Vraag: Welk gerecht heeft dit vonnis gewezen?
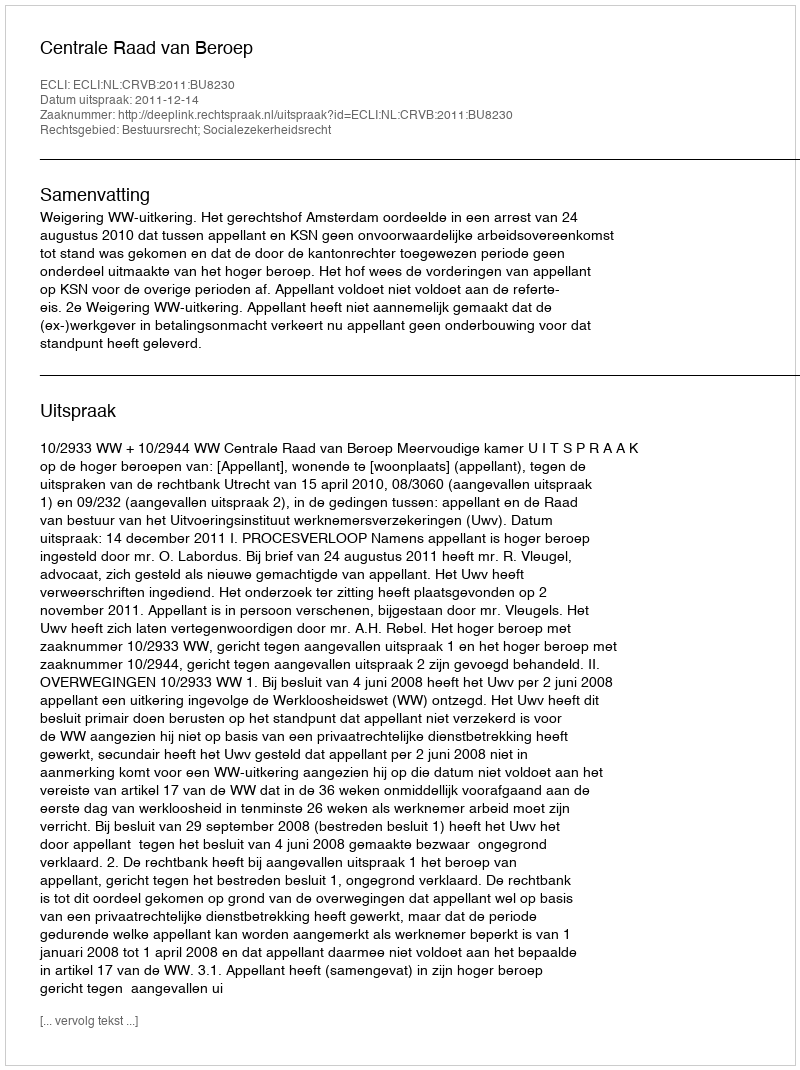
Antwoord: Centrale Raad van Beroep